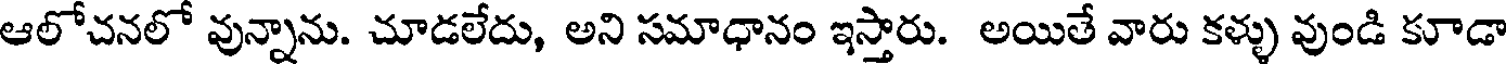
ఆలోచనలో వున్నాను. చూడలేదు, అని సమాధానం ఇస్తారు. అయితే వారు కళ్ళు వుండి కూడా